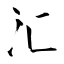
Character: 汇